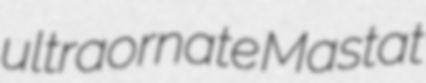
ultraornate Mastat